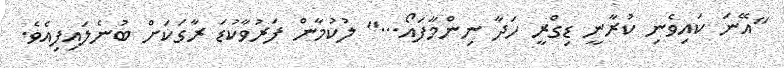
"އޭނަ ކައިވެނި ކުރާނީ ޑިގްރީ ހަދާ ނިންމާފައޯ..." ލުކުމާން ފަރުވާކުޑަ ރާގަކަށް ބުނެލައިފިއެވެ.